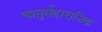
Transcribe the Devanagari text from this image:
चातुर्महाराजिक